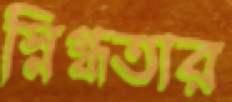
স্নিগ্ধতার